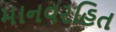
માનવરહિત